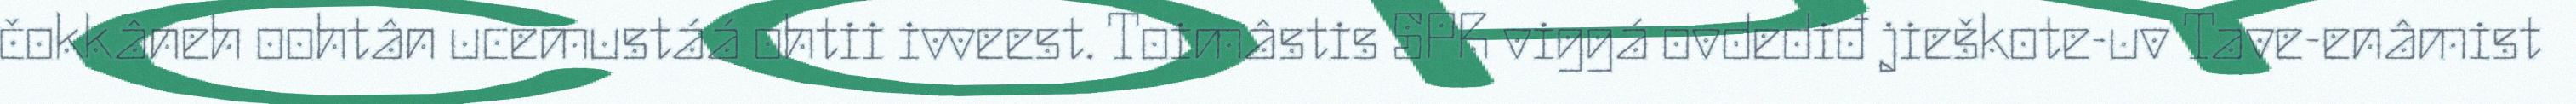
čokkâneh oohtân ucemustáá ohtii ivveest. Toimâstis SPR viggá ovdediđ jieškote-uv Tave-enâmist